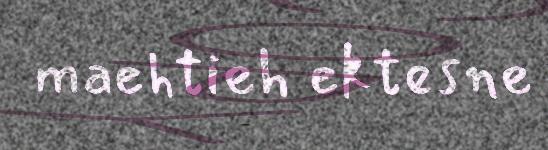
maehtieh ektesne